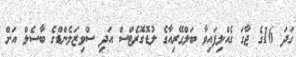
ގަދަ 16ގެ ޖާގަ ގެއްލިފައިވާ ބަލްގޭރިއާގެ ލުޑޮގޮރެޓްސް އަދި ސްވިޒަލެންޑްގެ ބާސެލް އަށް